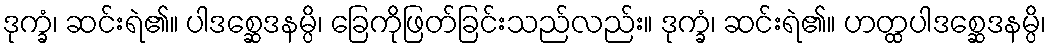
ဒုက္ခံ၊ ဆင်းရဲ၏။ ပါဒစ္ဆေဒနမ္ပိ၊ ခြေကိုဖြတ်ခြင်းသည်လည်း။ ဒုက္ခံ၊ ဆင်းရဲ၏။ ဟတ္ထပါဒစ္ဆေဒနမ္ပိ၊